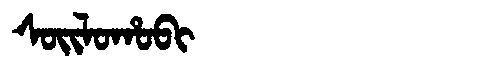
Manchu: ᠰᠣᡳᠯᠣᡥᠣᠪᡳ
Romanization: SOILOHOBI